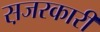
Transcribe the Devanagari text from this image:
स़जरकारी